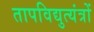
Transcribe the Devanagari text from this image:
तापविद्युत्यंत्रों